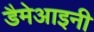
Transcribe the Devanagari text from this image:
डैमेआइनी